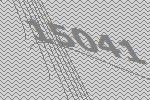
15041